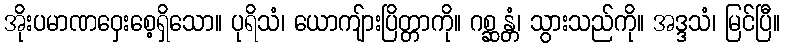
အိုးပမာဏဝှေးစေ့ရှိသော။ ပုရိသံ၊ ယောကျ်ားပြိတ္တာကို။ ဂစ္ဆန္တံ၊ သွားသည်ကို။ အဒ္ဒသံ၊ မြင်ပြီ။